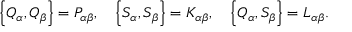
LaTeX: \left\{ Q _ { \alpha } , Q _ { \beta } \right\} = { \cal P } _ { \alpha \beta } , \quad \left\{ S _ { \alpha } , S _ { \beta } \right\} = { \cal K } _ { \alpha \beta } , \quad \left\{ Q _ { \alpha } , S _ { \beta } \right\} = { \cal L } _ { \alpha \beta } .